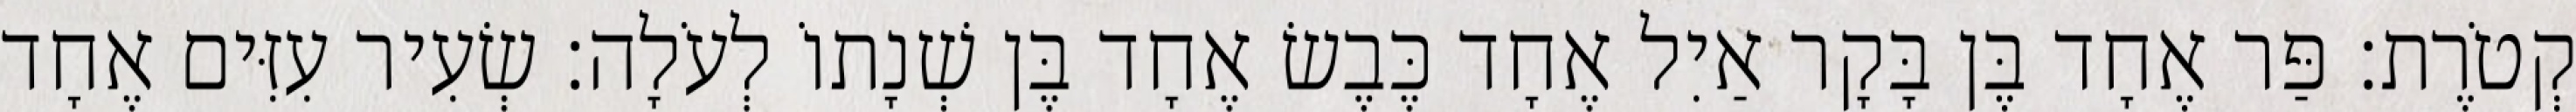
קְטֹרֶת׃ פַּר אֶחָד בֶּן בָּקָר אַיִל אֶחָד כֶּבֶשׂ אֶחָד בֶּן שְׁנָתוֹ לְעֹלָה׃ שְׂעִיר עִזִּים אֶחָד